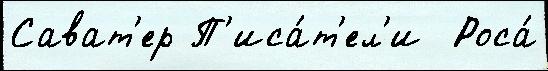
Сават'ер П'иса́т'ел'и  Роса́